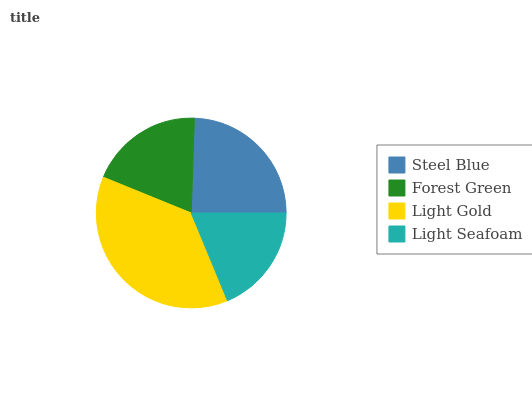
| Steel Blue | Forest Green | Light Gold | Light Seafoam |
 | --- | --- | --- | --- |
 | 24.5% | 19.4% | 37.4% | 18.8% |